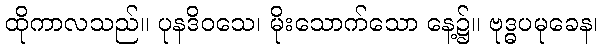
ထိုကာလသည်။ ပုနဒိဝသေ၊ မိုးသောက်သော နေ့၌။ ဗုဒ္ဓပမုခေန၊